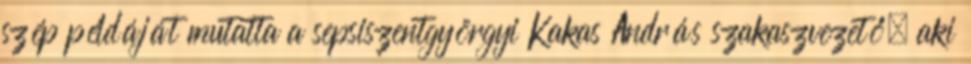
szép példáját mutatta a sepsiszentgyörgyi Kakas András szakaszvezető, aki